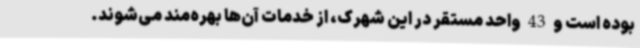
بوده است و 43 واحد مستقر در این شهرک، از خدمات آن‌ها بهره‌مند می‌شوند.